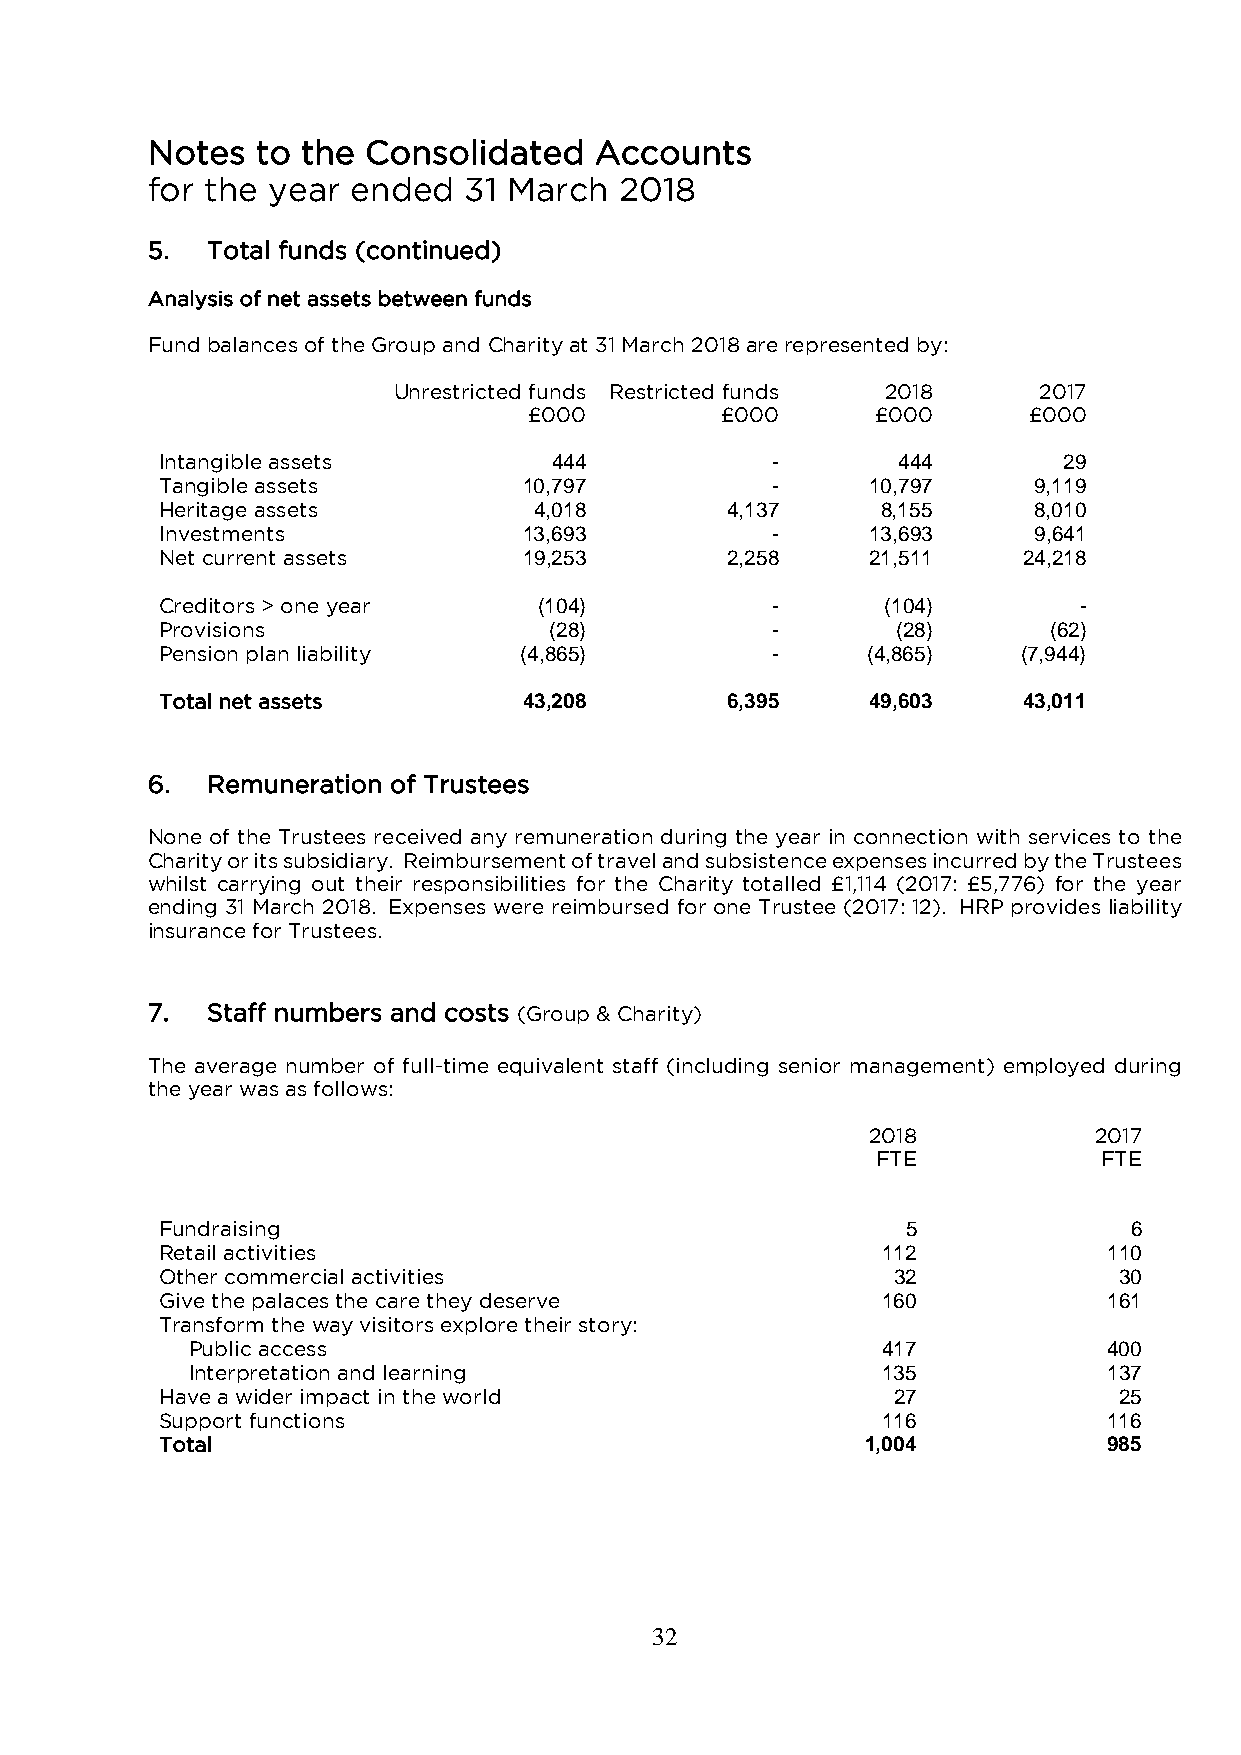
Notes  to the Consolidated   Accounts
 for the year ended   31 March  2018
 5.  Total funds (continued)
 Analysis of net assets between funds
 Fund balances of the Group and Charity at 31 March 2018 are represented by:
 Unrestricted funds Restricted funds 2018   2017
 £000         £000      £000      £000
 Intangible assets        444            -       444        29
 Tangible assets         10,797          -      10,797    9,119
 Heritage assets         4,018        4,137     8,155     8,010
 Investments             13,693          -      13,693    9,641
 Net current assets      19,253       2,258     21,511    24,218
 Creditors > one year     (104)          -      (104)        -
 Provisions               (28)           -       (28)      (62)
 Pension plan liability (4,865)          -     (4,865)    (7,944)
 Total net assets        43,208       6,395     49,603    43,011
 6.  Remuneration of Trustees
 None of the Trustees received any remuneration during the year in connection with services to the
 Charity or its subsidiary. Reimbursement of travel and subsistence expenses incurred by the Trustees
 whilst carrying out their responsibilities for the Charity totalled £1,114 (2017: £5,776) for the year
 ending 31 March 2018. Expenses were reimbursed for one Trustee (2017: 12). HRP provides liability
 insurance for Trustees.
 7.  Staff numbers and costs (Group & Charity)
 The average number of full-time equivalent staff (including senior management) employed during
 the year was as follows:
 2018          2017
 FTE            FTE
 Fundraising                                      5              6
 Retail activities                              112            110
 Other commercial activities                     32             30
 Give the palaces the care they deserve         160            161
 Transform the way visitors explore their story:
 Public access                                 417            400
 Interpretation and learning                   135            137
 Have a wider impact in the world                27             25
 Support functions                              116            116
 Total                                         1,004           985
 32